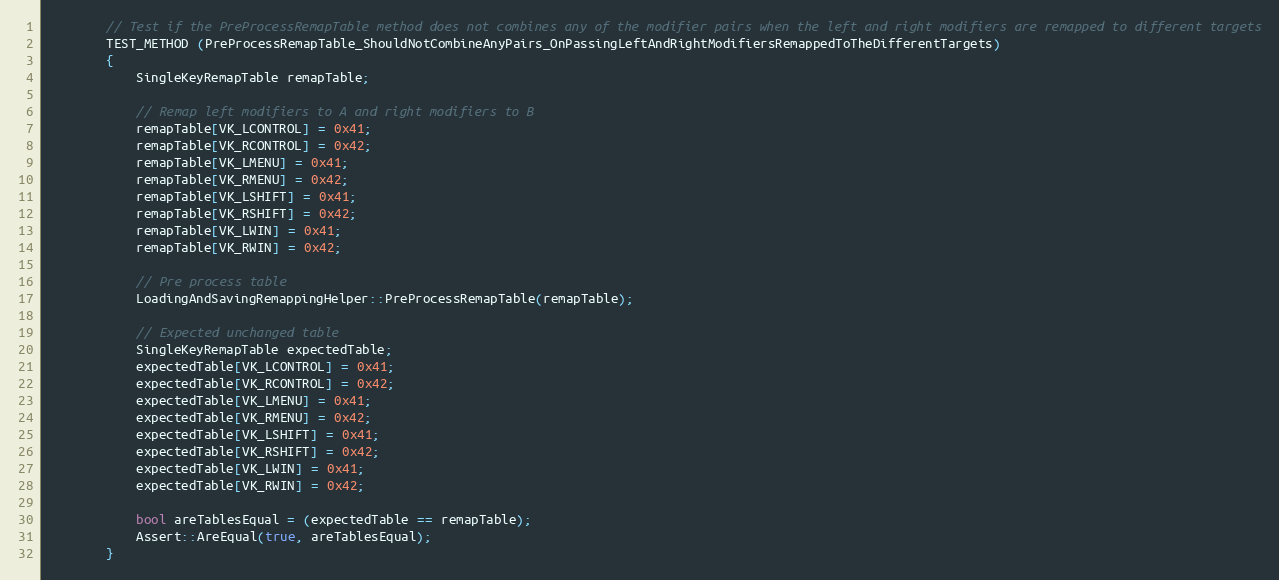
Language: C++
        // Test if the PreProcessRemapTable method does not combines any of the modifier pairs when the left and right modifiers are remapped to different targets
        TEST_METHOD (PreProcessRemapTable_ShouldNotCombineAnyPairs_OnPassingLeftAndRightModifiersRemappedToTheDifferentTargets)
        {
            SingleKeyRemapTable remapTable;

            // Remap left modifiers to A and right modifiers to B
            remapTable[VK_LCONTROL] = 0x41;
            remapTable[VK_RCONTROL] = 0x42;
            remapTable[VK_LMENU] = 0x41;
            remapTable[VK_RMENU] = 0x42;
            remapTable[VK_LSHIFT] = 0x41;
            remapTable[VK_RSHIFT] = 0x42;
            remapTable[VK_LWIN] = 0x41;
            remapTable[VK_RWIN] = 0x42;

            // Pre process table
            LoadingAndSavingRemappingHelper::PreProcessRemapTable(remapTable);

            // Expected unchanged table
            SingleKeyRemapTable expectedTable;
            expectedTable[VK_LCONTROL] = 0x41;
            expectedTable[VK_RCONTROL] = 0x42;
            expectedTable[VK_LMENU] = 0x41;
            expectedTable[VK_RMENU] = 0x42;
            expectedTable[VK_LSHIFT] = 0x41;
            expectedTable[VK_RSHIFT] = 0x42;
            expectedTable[VK_LWIN] = 0x41;
            expectedTable[VK_RWIN] = 0x42;

            bool areTablesEqual = (expectedTable == remapTable);
            Assert::AreEqual(true, areTablesEqual);
        }